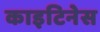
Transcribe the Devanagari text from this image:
काइटिनेस